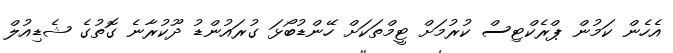
އެހެން ކަމުން ޕްރެކްޓިސް ކުރުމަށް ޓީމްތަކަށް ހޭންޑުބޯޅަ ގުރައުންޑު ދޫކުރާނެ ގޮތުގެ ޝެޑިއުލް